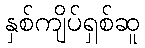
နှစ်ကျိပ်ရှစ်ဆူ